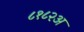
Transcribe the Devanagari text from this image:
८१८२अ